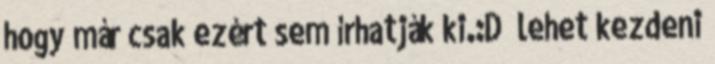
hogy már csak ezért sem írhatják ki.:D” lehet kezdeni